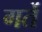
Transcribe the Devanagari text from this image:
गर्ते